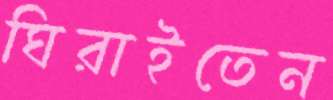
ঘিরাইতেন